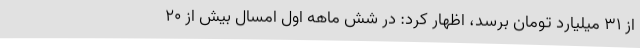
از 31 میلیارد تومان برسد، اظهار کرد: در شش ماهه اول امسال بیش از 20